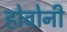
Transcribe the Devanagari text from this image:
होवोनी